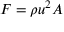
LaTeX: F = \rho u ^ { 2 } A